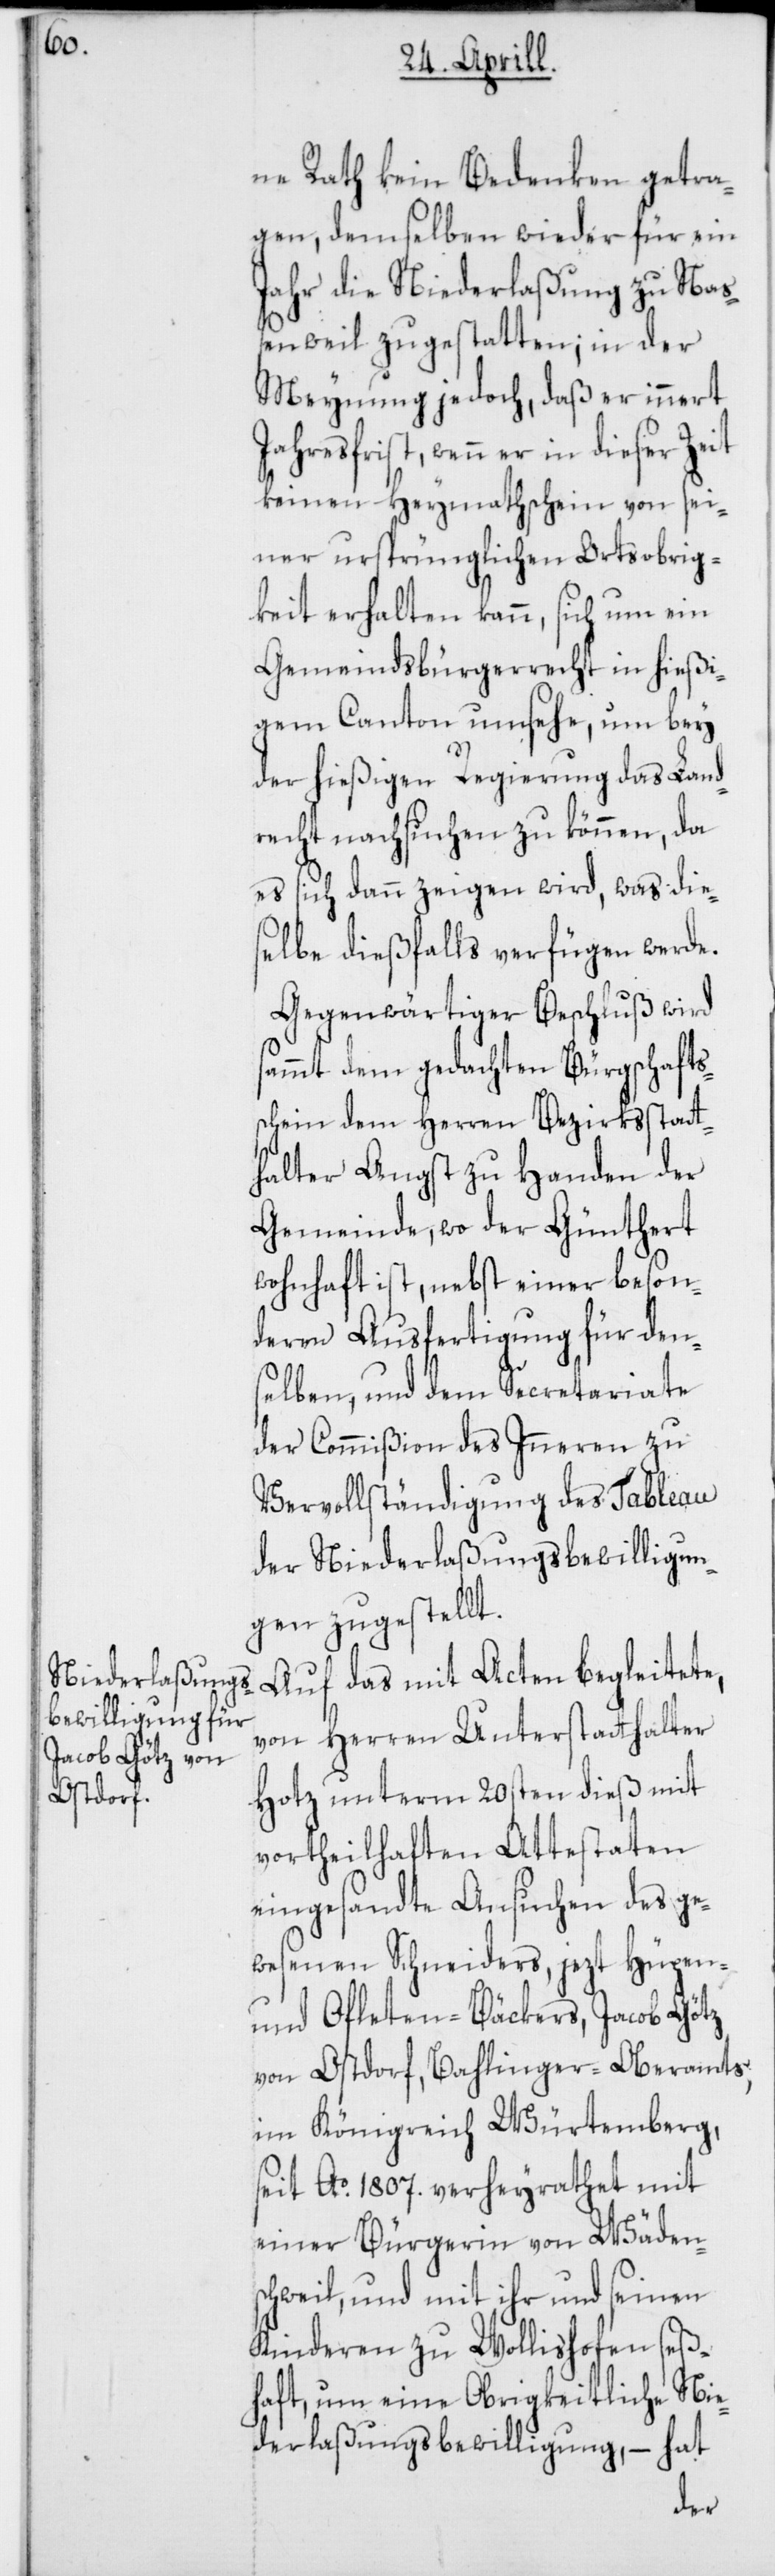
ne Rath kein Bedenken getra¬
gen, demselben wieder für ein
Jahr die Niederlaßung zu Naß¬
enweil zu gestatten; in der
Meynung jedoch, daß er innert
Jahresfrist, wenn er in dieser Zeit
keinen Heymathschein von sei¬
ner ursprünglichen Ortsobrig¬
keit erhalten kann, sich um ein
Gemeindsbürgerrecht in hießi¬
gem Canton umsehe, um bey
der hießigen Regierung das Land¬
recht nachsuchen zu können, da
es sich dann zeigen wird, was die¬
selbe dießfalls verfügen werde.
Gegenwärtiger Beschluß wird
sammt dem gedachten Bürgschafts¬
schein dem Herren Bezirksstatt¬
halter Angst zu Handen der
Gemeinde, wo der Günthert
wohnhaft ist, nebst einer beson¬
deren Ausfertigung für den¬
selben, und dem Secretariate
der Commißion des Inneren zu
Vervollständigung des Tableau
der Niederlaßungsbewilligun¬
gen zugestellt.
Auf das mit Acten begleitete,
von Herren Unterstatthalter
Hotz unterm 20sten dieß mit
vortheilhaften Attestaten
eingesandte Ansuchen des ge¬
wesenen Schneiders, jezt Hüpen-
und Ofleten-Bäckers, Jacob Götz
von Ostdorf, Bahlinger Oberamts,
im Königreich Würtemberg,
seit Ao 1807. verheyrathet mit
einer Bürgerin von Wäden¬
schweil, und mit ihr und seinen
Kinderen zu Wollishofen seß¬
haft, um eine Obrigkeitliche Nie¬
derlaßungsbewilligung, – hat